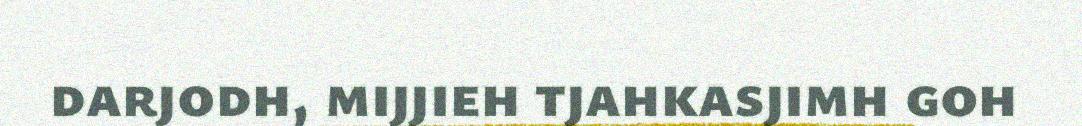
darjodh, mijjieh tjahkasjimh goh